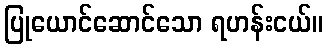
ပြုယောင်ဆောင်သော ရဟန်းငယ်။